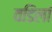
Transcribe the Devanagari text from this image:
वडिलां